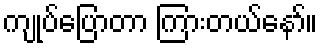
ကျုပ်ပြောတာ ကြားတယ်နော်။